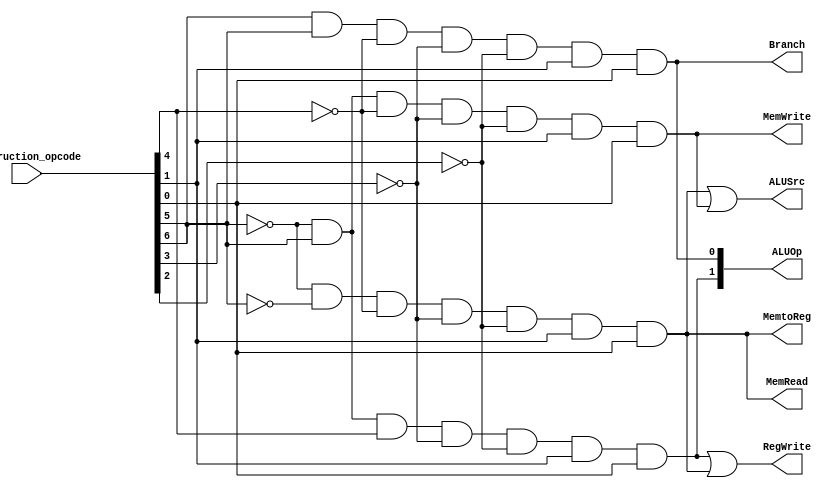
`default_nettype none
module control (
    instruction_opcode,
    Branch,
    MemRead,
    MemtoReg,
    ALUOp,
    MemWrite,
    ALUSrc,
    RegWrite
);

    input [6:0] instruction_opcode;
    output      Branch;
    output      MemRead;
    output      MemtoReg;
    output[1:0] ALUOp;
    output      MemWrite;
    output      ALUSrc;
    output      RegWrite;

    wire [6:0]i     = instruction_opcode;//just rename
    wire R_format   = ~i[6] &  i[5] &  i[4] & ~i[3] & ~i[2] & i[1] & i[0];//0110011
    wire lw         = ~i[6] & ~i[5] & ~i[4] & ~i[3] & ~i[2] & i[1] & i[0];//0000011
    wire sw         = ~i[6] &  i[5] & ~i[4] & ~i[3] & ~i[2] & i[1] & i[0];//0100011
    wire beq        =  i[6] &  i[5] & ~i[4] & ~i[3] & ~i[2] & i[1] & i[0];//1100011
    wire lui        = ~i[6] &  i[5] &  i[4] & ~i[3] &  i[2] & i[1] & i[0];//0110111
    wire auipc      = ~i[6] & ~i[5] &  i[4] & ~i[3] &  i[2] & i[1] & i[0];//0010111
    wire jal        =  i[6] &  i[5] & ~i[4] &  i[3] &  i[2] & i[1] & i[0];//1101111
    wire jalr       =  i[6] &  i[5] & ~i[4] & ~i[3] &  i[2] & i[1] & i[0];//1100111
    
    
    assign  Branch   = beq;
    assign  MemRead  = lw;
    assign  MemtoReg = lw;
    assign  ALUOp[1] = R_format;
    assign  ALUOp[0] = beq;
    assign  MemWrite = sw;
    assign  ALUSrc   = lw | sw;
    assign  RegWrite = R_format | lw;
endmodule